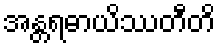
အန္တရဓာယိဿတီတိ